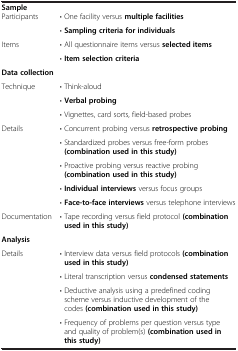
<table><thead><tr><td><b>Sample</b></td><td><b> </b></td></tr></thead><tbody><tr><td rowspan="2">Participants</td><td>• One facility versus <b>multiple facilities</b></td></tr><tr><td>• <b>Sampling criteria for individuals</b></td></tr><tr><td rowspan="2">Items</td><td>• All questionnaire items versus <b>selected items</b></td></tr><tr><td>• <b>Item selection criteria</b></td></tr><tr><td><b>Data collection</b></td><td> </td></tr><tr><td rowspan="3">Technique</td><td>• Think-aloud</td></tr><tr><td>• <b>Verbal probing</b></td></tr><tr><td>• Vignettes, card sorts, field-based probes</td></tr><tr><td rowspan="5">Details</td><td>• Concurrent probing versus <b>retrospective probing</b></td></tr><tr><td>• Standardized probes versus free-form probes <b>(combination used in this study)</b></td></tr><tr><td>• Proactive probing versus reactive probing <b>(combination used in this study)</b></td></tr><tr><td>• <b>Individual interviews</b> versus focus groups</td></tr><tr><td>• <b>Face-to-face interviews</b> versus telephone interviews</td></tr><tr><td>Documentation</td><td>• Tape recording versus field protocol <b>(combination used in this study)</b></td></tr><tr><td><b>Analysis</b></td><td> </td></tr><tr><td rowspan="4">Details</td><td>• Interview data versus field protocols <b>(combination used in this study)</b></td></tr><tr><td>• Literal transcription versus <b>condensed statements</b></td></tr><tr><td>• Deductive analysis using a predefined coding scheme versus inductive development of the codes <b>(combination used in this study)</b></td></tr><tr><td>• Frequency of problems per question versus type and quality of problem(s) <b>(combination used in this study)</b></td></tr></tbody></table>